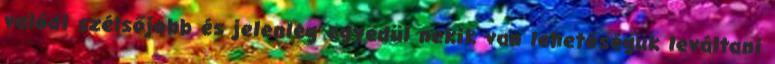
valódi szélsőjobb és jelenleg egyedül nekik van lehetőségük leváltani